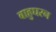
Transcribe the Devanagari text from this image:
बाहुघरन